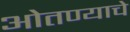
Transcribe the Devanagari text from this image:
ओतण्याचे